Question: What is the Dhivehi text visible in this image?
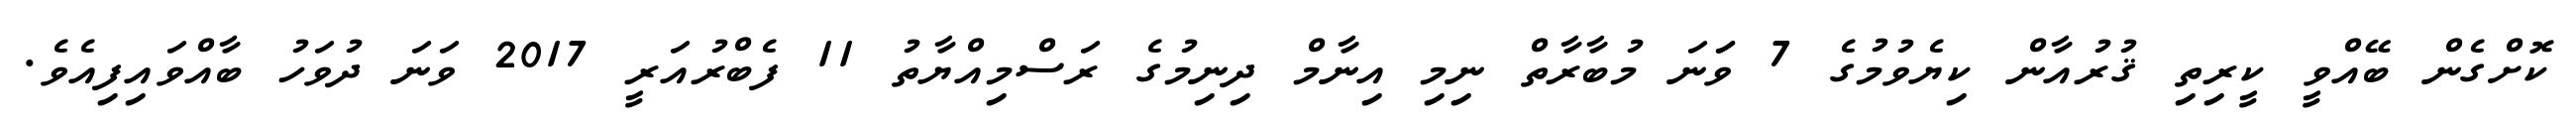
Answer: ކޮށްގެން ބޭއްވީ ކީރިތި ޤުރުއާން ކިޔެވުމުގެ 7 ވަަނަ މުބާރާތް ނިމި އިނާމް ދިނިމުގެ ރަސްމިއްޔާތު 11 ފެބްރުއަރީ 2017 ވަނަ ދުވަހު ބާއްވައިފިއެވެ.